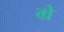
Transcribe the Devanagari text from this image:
म्रें